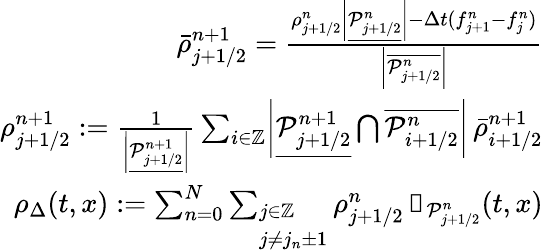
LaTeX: \begin{array}{r}{\bar{\rho}_{j+1/2}^{n+1}=\frac{\rho_{j+1/2}^{n}\biggl|\underline{{\mathcal{P}_{j+1/2}^{n}}}\biggr|-\Delta t(f_{j+1}^{n}-f_{j}^{n})}{\biggl|\overline{{\mathcal{P}_{j+1/2}^{n}}}\biggr|}}\\ {\rho_{j+1/2}^{n+1}:=\frac{1}{\biggl|\underline{{\mathcal{P}_{j+1/2}^{n+1}}}\biggr|}\sum_{i\in\mathbb{Z}}\biggl|\underline{{\mathcal{P}_{j+1/2}^{n+1}}}\bigcap\overline{{\mathcal{P}_{i+1/2}^{n}}}\biggr|\, \bar{\rho}_{i+1/2}^{n+1}}\\ {\rho_{\Delta}(t,x):=\sum_{n=0}^{N}\sum_{\begin{array}{l}{j\in\mathbb{Z}}\\ {j\neq j_{n}\pm 1}\end{array}}\rho_{j+1/2}^{n}\, \mathbb{1}_{\mathcal{P}_{j+1/2}^{n}}(t,x)}\end{array}